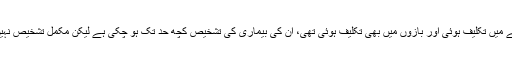
ڈاکٹر محمود ایاز کا کہنا تھا کہ گزشتہ رات نواز شریف کے سینے میں تکلیف ہوئی اور بازوں میں بھی تکلیف ہوئی تھی، ان کی بیماری کی تشخیص کچھ حد تک ہو چکی ہے لیکن مکمل تشخیص نہیں ہوئی، انہیں یہ بیماری ہوئی کیسے اس بات کا پتا چلا رہے ہیں۔